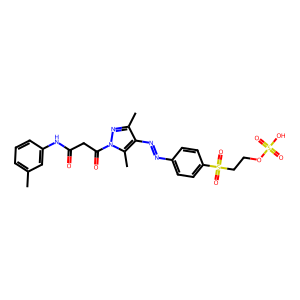
SMILES: Cc1cccc(NC(=O)CC(=O)n2nc(C)c(N=Nc3ccc(S(=O)(=O)CCOS(=O)(=O)O)cc3)c2C)c1
Inhibits HIV replication: No